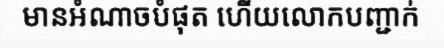
មានអំណាចបំផុត ហើយលោកបញ្ជាក់